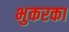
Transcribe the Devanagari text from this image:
भुकरका